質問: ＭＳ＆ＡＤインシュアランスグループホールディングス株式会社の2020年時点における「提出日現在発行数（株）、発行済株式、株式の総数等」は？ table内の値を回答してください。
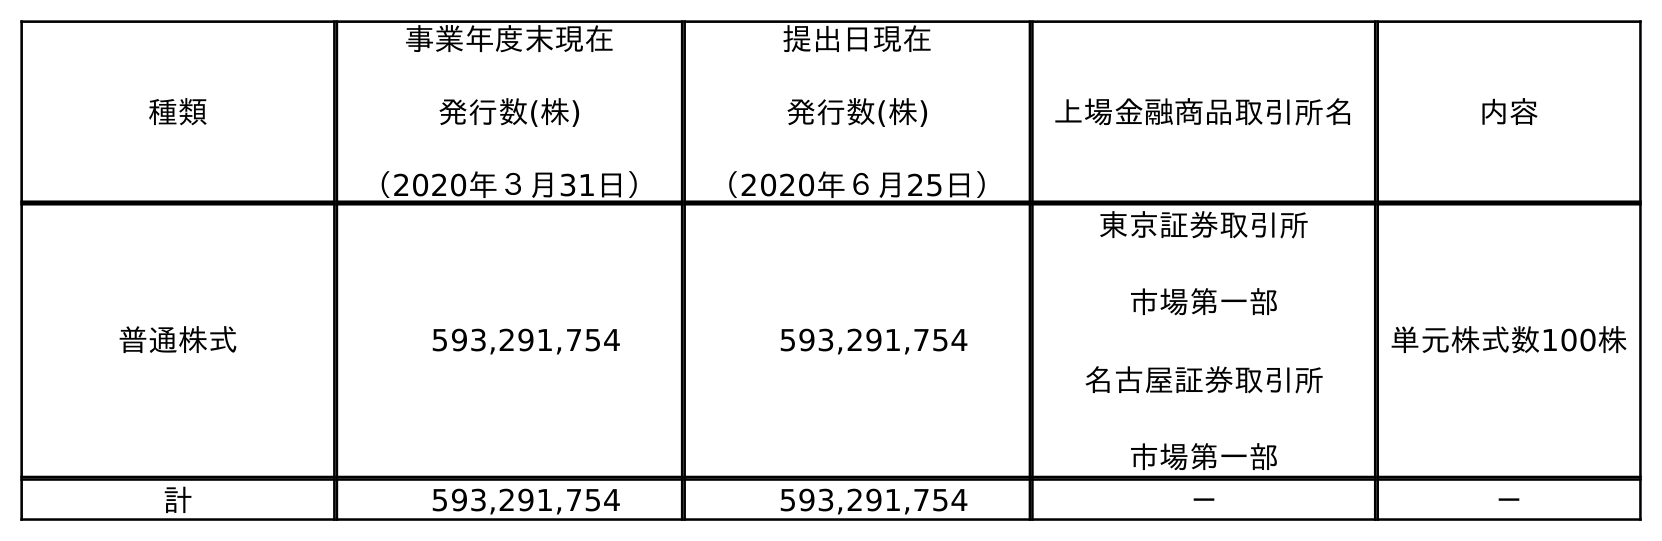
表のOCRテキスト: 種類 事業年度末現在 発行数(株) （2020年３月31日） 提出日現在 発行数(株) （2020年６月25日） 上場金融商品取引所名 内容 普通株式 593,291,754 593,291,754 東京証券取引所 市場第一部 名古屋証券取引所 市場第一部 単元株式数100株 計 593,291,754 593,291,754 － －
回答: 593,291,754